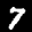
Label: 7